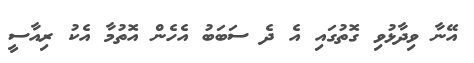
އޭނާ ވިދާޅުވި ގޮތުގައި އެ ދެ ސަބަބު އެހެން އޮތުމާ އެކު ރިއާސީ